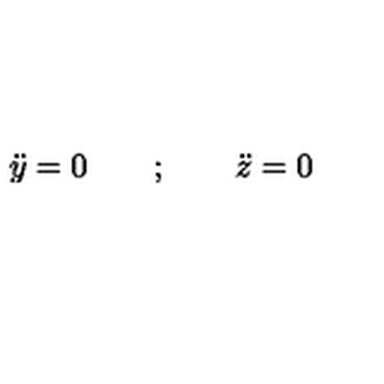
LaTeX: { \ddot { y } } = 0 \qquad ; \qquad { \ddot { z } } = 0